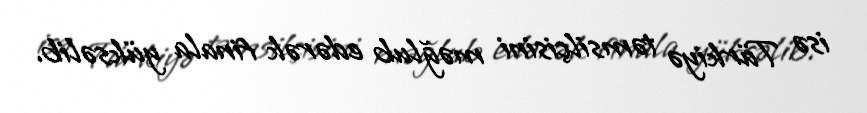
isə Türkiyə təmsilçisini məğlub edərək finala yüksəlib.